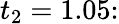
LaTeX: t_{2}=1.05\colon